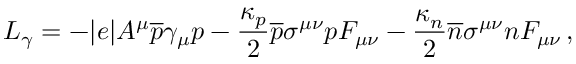
L _ { \gamma } = - | e | A ^ { \mu } { \overline { { p } } } \gamma _ { \mu } p - \frac { \kappa _ { p } } { 2 } \overline { { p } } \sigma ^ { \mu \nu } p F _ { \mu \nu } - \frac { \kappa _ { n } } { 2 } \overline { { n } } \sigma ^ { \mu \nu } n F _ { \mu \nu } \, ,